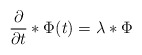
\begin{align*}{{\partial }\over{\partial t}}*\Phi(t)=\lambda *\Phi\end{align*}